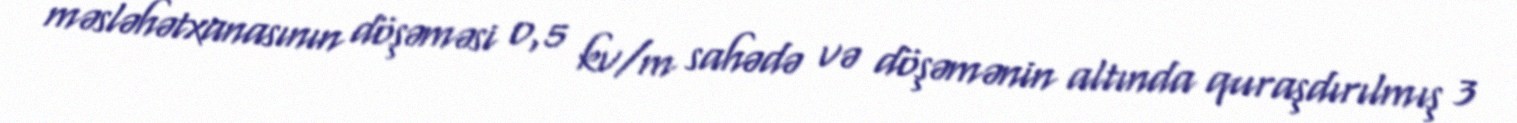
məsləhətxanasının döşəməsi 0,5 kv/m sahədə və döşəmənin altında quraşdırılmış 3